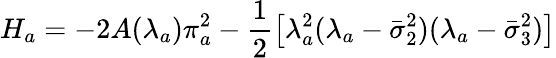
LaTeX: H_{a}=-2A(\lambda_{a})\pi_{a}^{2}-\frac{1}{2}\left[\lambda_{a}^{2}(\lambda_{a}-\bar{\sigma}_{2}^{2})(\lambda_{a}-\bar{\sigma}_{3}^{2})\right]